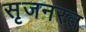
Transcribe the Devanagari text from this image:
सृजनरत